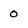
Character: 0